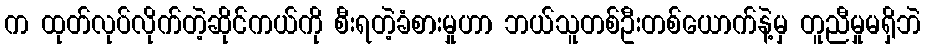
က ထုတ်လုပ်လိုက်တဲ့ဆိုင်ကယ်ကို စီးရတဲ့ခံစားမှုဟာ ဘယ်သူတစ်ဦးတစ်ယောက်နဲ့မှ တူညီမှုမရှိဘဲ